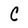
Character: C